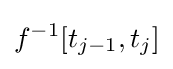
f^{-1}[t_{j-1},t_{j}]